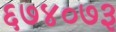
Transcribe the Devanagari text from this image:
६७४०७३